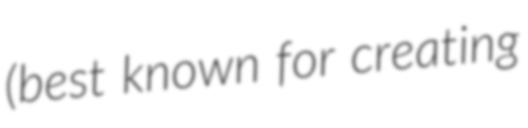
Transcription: (best known for creating